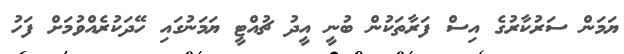
ޔަމަން ސަރުކާރުގެ އިސް ފަރާތަކުން ބުނީ އީދު ޗުއްޓީ ޔަމަނުގައި ހޭދަކުރެއްވުމަށް ފަހު